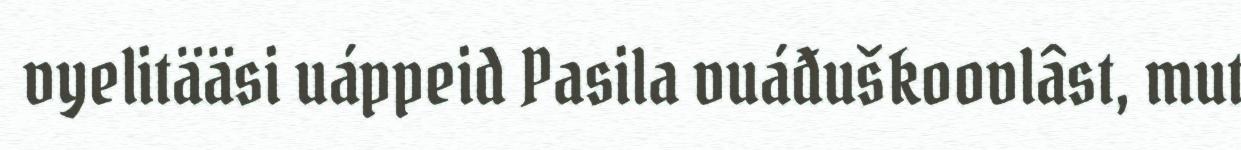
vyelitääsi uáppeid Pasila vuáđuškoovlâst, mut